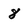
Character: 8